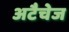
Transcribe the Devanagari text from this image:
अटैचेज